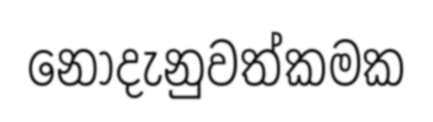
නොදැනුවත්කමක